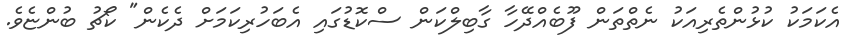
އެކަމަކު ކުޅުންތެރިއަކު ނެތްތަން ފޫބެއްދޭހާ ގާބިލްކަން ސްކޮޑުގައި އެބަހުރިކަމަށް ދެކެން" ކޯޗު ބުންޏެވެ.